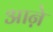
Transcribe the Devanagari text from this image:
आऩे